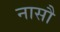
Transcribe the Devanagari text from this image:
नासौ